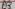
Text: D6